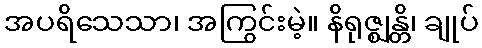
အပရိသေသာ၊ အကြွင်းမဲ့။ နိရုဇ္ဈန္တိ၊ ချုပ်